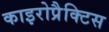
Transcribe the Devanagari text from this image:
काइरोप्रैक्टिस